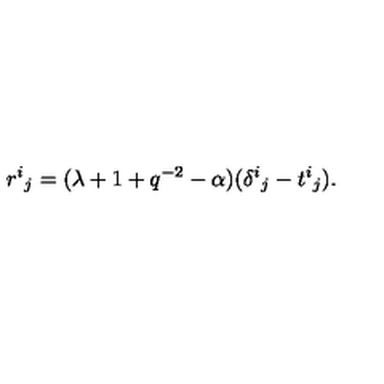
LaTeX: { r ^ { i } } _ { j } = ( \lambda + 1 + q ^ { - 2 } - \alpha ) ( { \delta ^ { i } } _ { j } - { t ^ { i } } _ { j } ) .